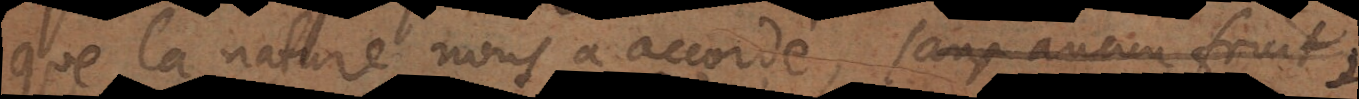
que la nature nous a accordé, sans aucun fruit,